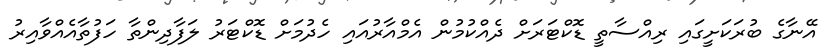
އޭނާގެ ބުރަކަށީގައި ރިއްސާތީ ޑޮކްޓަރަށް ދެއްކުމުން އެމްއާރުއައި ހެދުމަށް ޑޮކްޓަރު ލަފާދިންތާ ހަފުތާއެއްވާއިރު